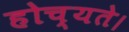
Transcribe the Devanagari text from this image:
होच्यते।